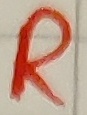
Text: R